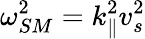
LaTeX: \omega_{SM}^{2}=k_{\parallel}^{2}v_{s}^{2}